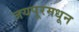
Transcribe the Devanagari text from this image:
जयपूरमधून